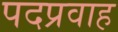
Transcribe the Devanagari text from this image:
पदप्रवाह